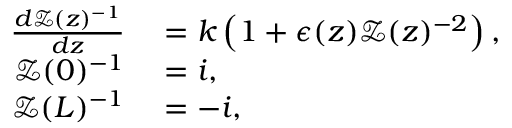
\begin{array} { r l } { \frac { d \mathcal { Z } ( z ) ^ { - 1 } } { d z } } & { { } = k \left( 1 + \epsilon ( z ) \mathcal { Z } ( z ) ^ { - 2 } \right) , } \\ { \mathcal { Z } ( 0 ) ^ { - 1 } } & { { } = i , } \\ { \mathcal { Z } ( L ) ^ { - 1 } } & { { } = - i , } \end{array}